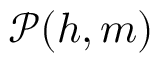
\mathcal P ( h , m )